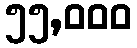
၅၅,၀၀၀